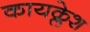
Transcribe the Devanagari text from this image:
कायक्लेश